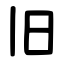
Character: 旧